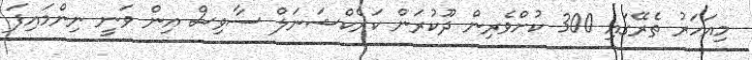
މިއަހަރު ތެރޭގައި 300 ކުށްވެރިން ދޫކުރަން ކަރެކްޝަނަލް ސާވިސް އިން ވަނީ ނިންމައިފަ